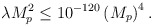
\begin{align*}\lambda M_p^2 \leq 10^{-120} \left( M_p\right)^4 .\end{align*}